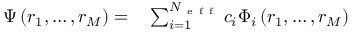
\begin{array} { r l } { \Psi \left( r _ { 1 } , \ldots , r _ { M } \right) = } & { { } \sum _ { i = 1 } ^ { N _ { \mathrm { ~ e ~ f ~ f ~ } } } c _ { i } \Phi _ { i } \left( r _ { 1 } , \ldots , r _ { M } \right) } \end{array}